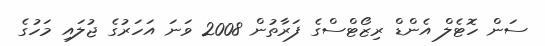
ސަން ހޮޓެލް އެންޑް ރިޒޯޓްސްގެ ފަރާތުން 2008 ވަނަ އަހަރުގެ ޖުލައި މަހުގެ